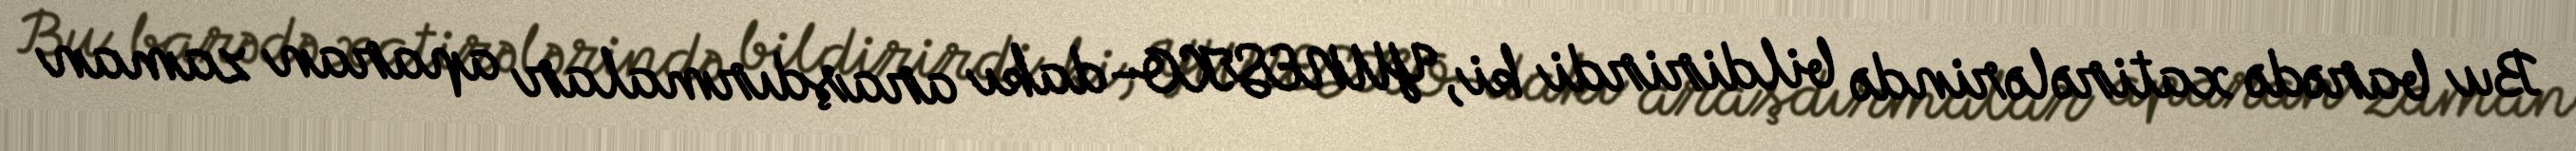
Bu barədə xatirələrində bildirirdi ki, YUNESKO-dakı araşdırmalar aparan zaman